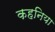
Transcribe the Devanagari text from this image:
कहनिया